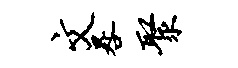
文晷聚